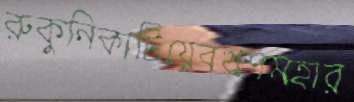
রুকুনিকাটিয়েবখশমহার